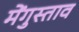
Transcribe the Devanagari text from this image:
मेंगुस्ताव